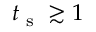
t _ { \textrm { s } } \gtrsim 1